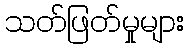
သတ်ဖြတ်မှုများ